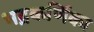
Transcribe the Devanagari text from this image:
भद्रकर्णिका